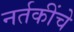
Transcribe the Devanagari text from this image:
नर्तकींचे